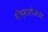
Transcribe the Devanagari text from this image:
भीष्मप्रतीमेची